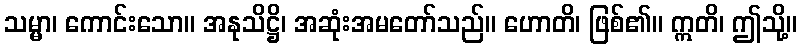
သမ္မာ၊ ကောင်းသော။ အနုသိဋ္ဌိ၊ အဆုံးအမတော်သည်။ ဟောတိ၊ ဖြစ်၏။ ဣတိ၊ ဤသို့။